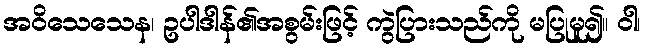
အဝိသေသေန၊ ဥပါဒါန်၏အစွမ်းဖြင့် ကွဲပြားသည်ကို မပြုမူ၍။ ဝါ၊